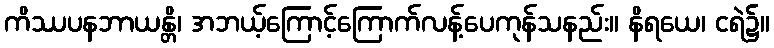
ကိဿပနဘာယန္တိ၊ အဘယ့်ကြောင့်ကြောက်လန့်ပေကုန်သနည်း။ နိရယေ၊ ငရဲ၌။